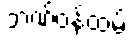
ဘဏ်ဝန်ထမ်း